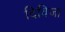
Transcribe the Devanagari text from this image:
दिविजा